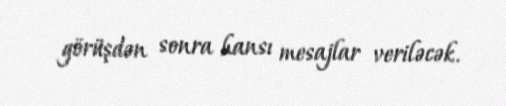
görüşdən sonra hansı mesajlar veriləcək.